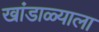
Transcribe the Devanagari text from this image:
खांडाळ्याला